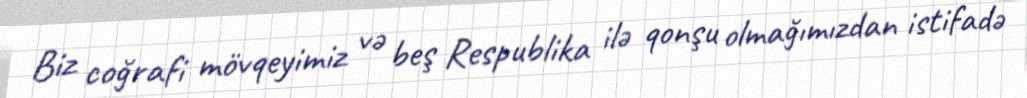
Biz coğrafi mövqeyimiz və beş Respublika ilə qonşu olmağımızdan istifadə